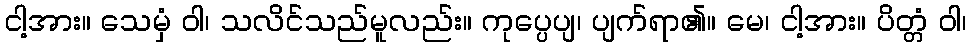
ငါ့အား။ သေမှံ ဝါ၊ သလိင်သည်မူလည်း။ ကုပ္ပေပျ၊ ပျက်ရာ၏။ မေ၊ ငါ့အား။ ပိတ္တံ ဝါ၊